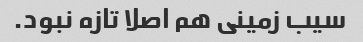
سیب زمینی هم اصلا تازه نبود.